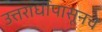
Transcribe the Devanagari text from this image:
उत्तरार्धापासूनचे